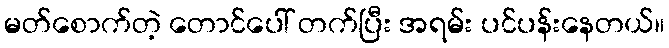
မတ်စောက်တဲ့ တောင်ပေါ် တက်ပြီး အရမ်း ပင်ပန်းနေတယ်။